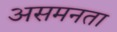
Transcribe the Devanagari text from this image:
असमनता